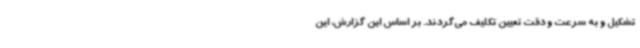
تشکیل و به سرعت و دقت تعیین تکلیف می‌گردند. بر اساس این گزارش، این